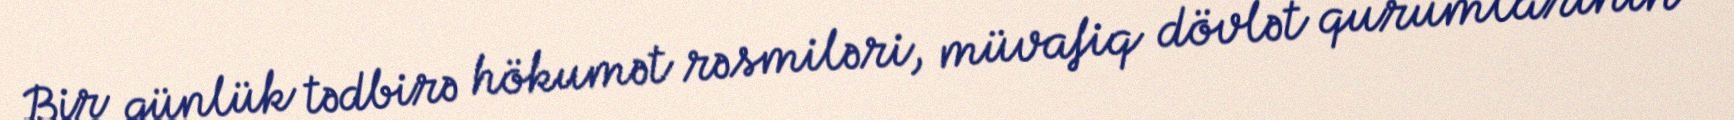
Bir günlük tədbirə hökumət rəsmiləri, müvafiq dövlət qurumlarının